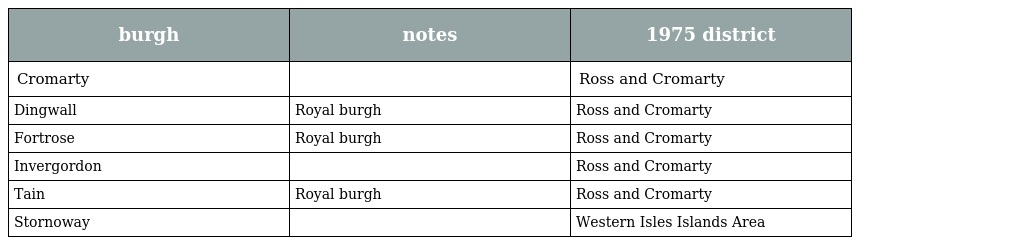
| burgh | notes | 1975 district |
 | --- | --- | --- |
 | Cromarty |  | Ross and Cromarty |
 | Dingwall | Royal burgh | Ross and Cromarty |
 | Fortrose | Royal burgh | Ross and Cromarty |
 | Invergordon |  | Ross and Cromarty |
 | Tain | Royal burgh | Ross and Cromarty |
 | Stornoway |  | Western Isles Islands Area |